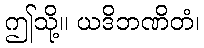
ဤသို့။ ယဒိဘဏိတံ၊